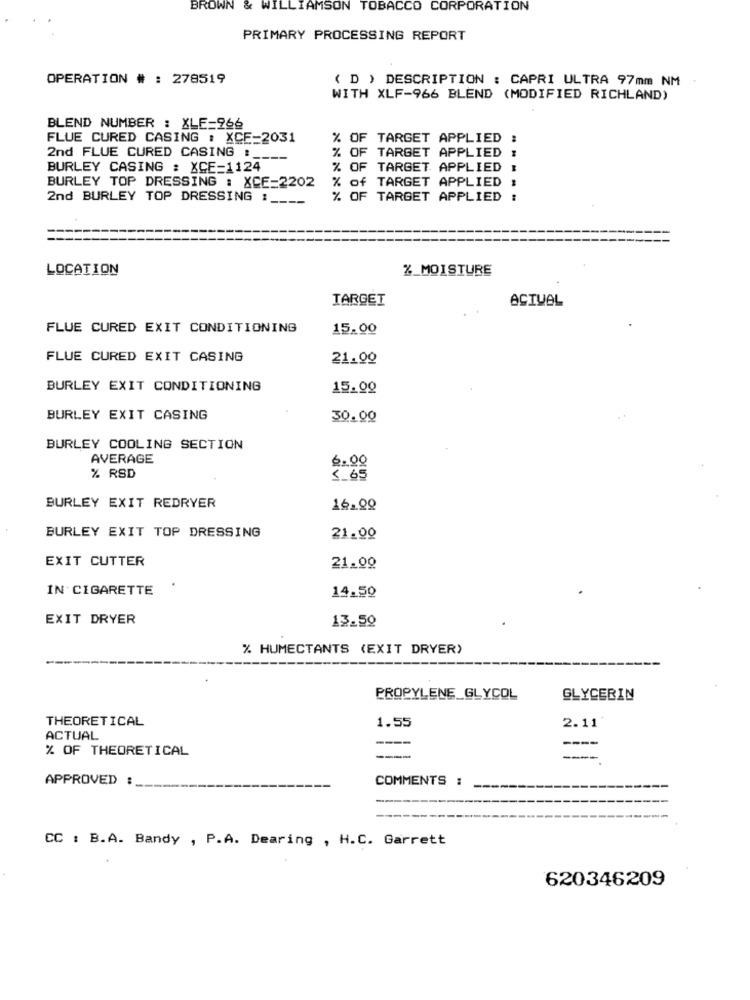
BROWN & WILLIAMSON TOBACCO CORPORATION
PRIMARY PROCESSING REPORT
OPERATION # : 278519
( D ) DESCRIPTION : CAPRI ULTRA 97mm NM
WITH XLF-966 BLEND (MODIFIED RICHLAND)
BLEND NUMBER : XLE=966
FLUE CURED CASING : XCE=2031
% OF TARGET APPLIED
2nd FLUE CURED CASING :__
% OF TARGET APPLIED
BURLEY CASING : XCE=1124
% OF TARGET APPLIED
BURLEY TOP DRESSING : XCE=2202
% of TARGET APPLIED :
2nd BURLEY TOP DRESSING 1
----
% OF TARGET APPLIED
LOCATION
%_MOISTURE
TARGET
ACTUAL
FLUE CURED EXIT CONDITIONING
15.00
FLUE CURED EXIT CASING
21.00
BURLEY EXIT CONDITIONING
15.00
BURLEY EXIT CASING
30.00
BURLEY COOLING SECTION
AVERAGE
6.00
% RSD
5.65
BURLEY EXIT REDRYER
BURLEY EXIT TOP DRESSING
21.00
EXIT CUTTER
21.00
IN' CIGARETTE
14.50
EXIT DRYER
13.59
% HUMECTANTS (EXIT DRYER)
PROPYLENE GLYCOL
GLYCERIN
THEORETICAL
1.55
2.11
ACTUAL
----
% OF THEORETICAL
---
----
APPROVED :
COMMENTS :
CC : B.A. Bandy , P.A. Dearing , H.C. Garrett
620346209